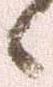
候